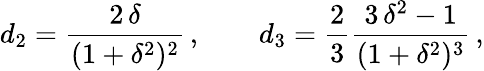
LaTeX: d_{2}=\frac{2\, \delta}{(1+\delta^{2})^{2}}\, ,\qquad d_{3}=\frac{2}{3}\frac{3\, \delta^{2}-1}{(1+\delta^{2})^{3}}\, ,